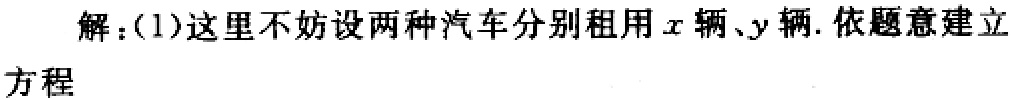
解：(1)这里不妨设两种汽车分别租用\(x\)辆、\(y\)辆. 依题意建立方程